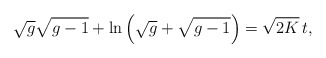
\begin{align*}\sqrt g \sqrt{g-1}+\ln \left(\sqrt g +\sqrt{g-1}\right)=\sqrt{2K}\, t,\end{align*}